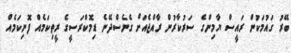
ބޭރު ގައުމަކުން ރައީސް ޔާމިންގެ ސަރުކާރުން ރާއްޖެއަށް ގެނެސްދޭނެ ޑިމޮކްރަސީގެ ރީތިކަމެއްް ފޮނިކަމެއް